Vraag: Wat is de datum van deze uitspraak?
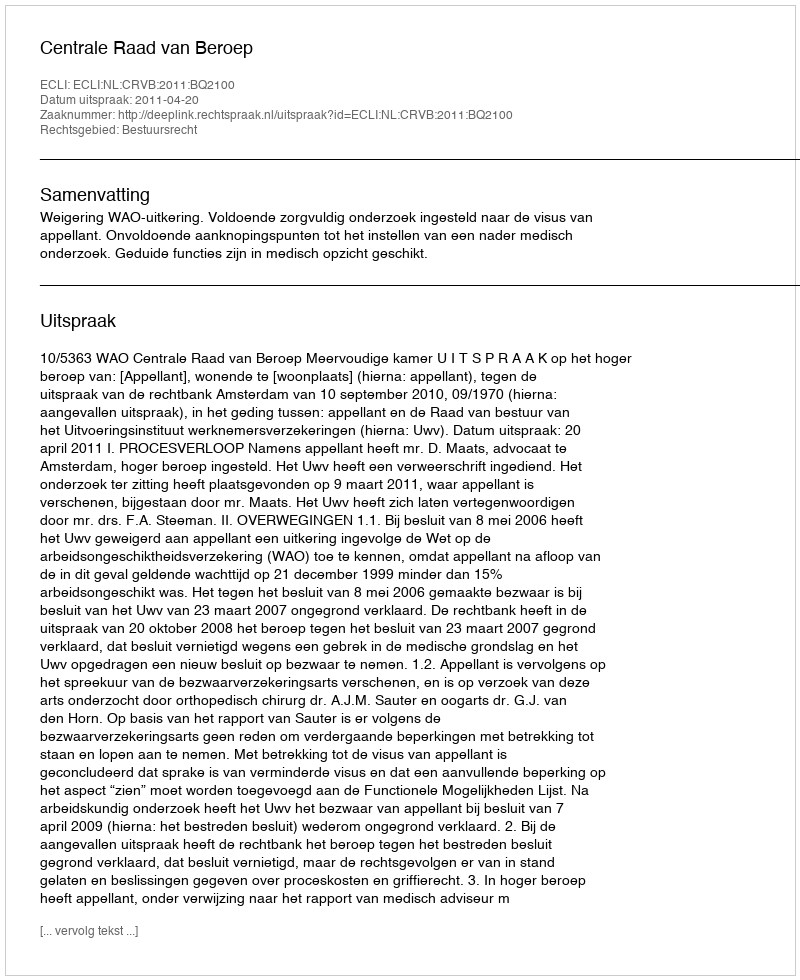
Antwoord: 2011-04-20